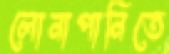
লোনাপানিতে